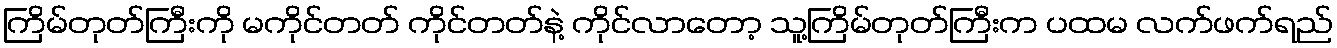
ကြိမ်တုတ်ကြီးကို မကိုင်တတ် ကိုင်တတ်နဲ့ ကိုင်လာတော့ သူ့ကြိမ်တုတ်ကြီးက ပထမ လက်ဖက်ရည်